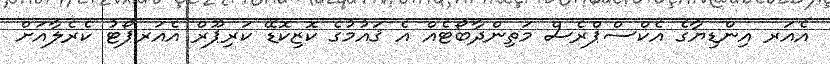
އެއަރ އިންޑިޔާގެ އެކްސްޕްރެސް މަތިންދާބޯޓެއް އެ ޤައުމުގެ ކޮޒިކޮޑޭ ކަރިޕޫރް އެއަރޕޯޓު ކެރެލާއަށް